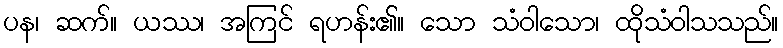
ပန၊ ဆက်။ ယဿ၊ အကြင် ရဟန်း၏။ သော သံဝါသော၊ ထိုသံဝါသသည်။